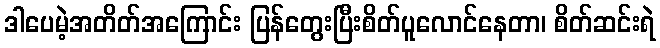
ဒါပေမဲ့အတိတ်အကြောင်း ပြန်တွေးပြီးစိတ်ပူလောင်နေတာ၊ စိတ်ဆင်းရဲ